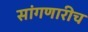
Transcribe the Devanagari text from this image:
सांगणारीच